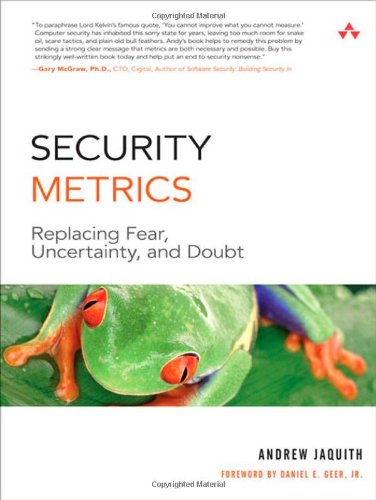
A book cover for Security Metrics: Replacing Fear, Uncertainty, and Doubt; Andrew Jaquith; Computers & Technology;